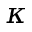
\kappa